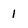
Character: 1